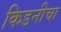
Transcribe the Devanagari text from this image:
किडनीचा